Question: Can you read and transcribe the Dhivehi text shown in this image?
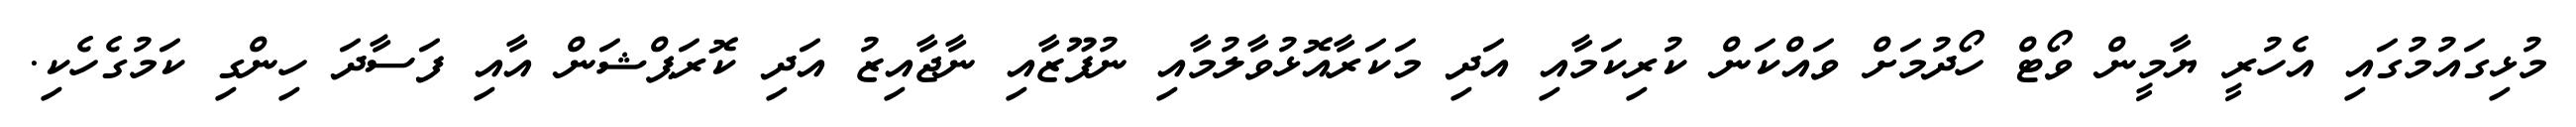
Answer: މުޅިގައުމުގައި އެހުރީ ޔާމީން ވޯޓް ހޯދުމަށް ވައްކަން ކުރިކަމާއި އަދި މަކަރާއޮޅުވާލުމާއި ނުފޫޒާއި ނާޖާއިޒު އަދި ކޮރަޕްޝަން އާއި ފަސާދަ ހިންގި ކަމުގެހެކި.